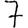
Digit: 7